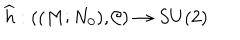
LaTeX: \widehat { h } : ( ( M ; N _ { 0 } ) , \mathcal { C } ) \rightarrow S U ( 2 )